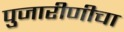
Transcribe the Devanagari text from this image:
पुजारीणीचा